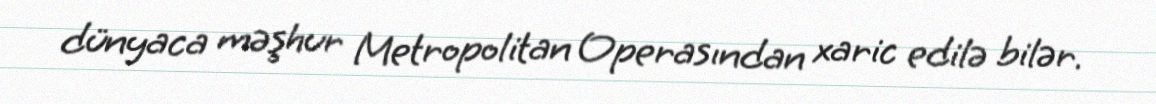
dünyaca məşhur Metropolitan Operasından xaric edilə bilər.